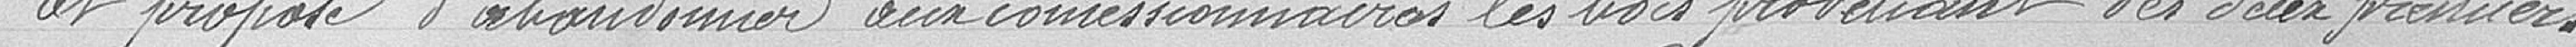
Et propose d'abandonner aux commissaires les lois prouvant ces deux premiers